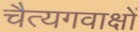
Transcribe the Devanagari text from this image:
चैत्यगवाक्षों